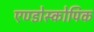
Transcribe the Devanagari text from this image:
एण्डोस्कोपिक